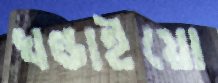
খণ্ডাইয়ো